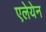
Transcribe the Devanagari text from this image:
एलेयेन